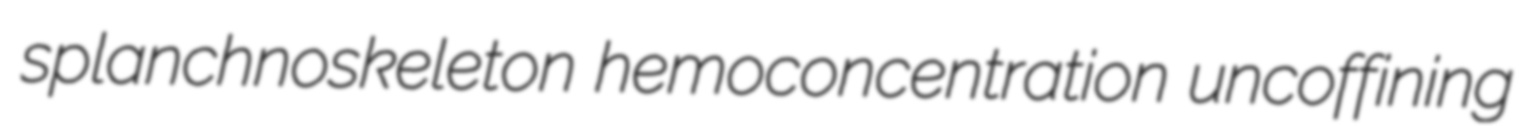
splanchnoskeleton hemoconcentration uncoffining